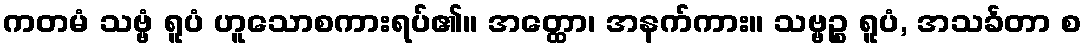
ကတမံ သဗ္ဗံ ရူပံ ဟူသောစကားရပ်၏။ အတ္ထော၊ အနက်ကား။ သဗ္ဗဉ္စ ရူပံ, အသင်္ခတာ စ